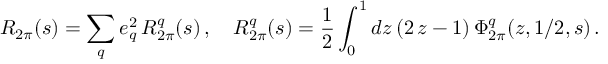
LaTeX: R _ { 2 \pi } ( s ) = \sum _ { q } e _ { q } ^ { 2 } \, R _ { 2 \pi } ^ { q } ( s ) \, , \quad R _ { 2 \pi } ^ { q } ( s ) = \frac { 1 } { 2 } \int _ { 0 } ^ { 1 } d z \, ( 2 \, z - 1 ) \, \Phi _ { 2 \pi } ^ { q } ( z , 1 / 2 , s ) \, .